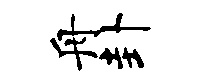
舟卦